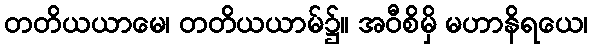
တတိယယာမေ၊ တတိယယာမ်၌။ အဝီစိမှိ မဟာနိရယေ၊